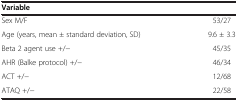
| Variable |  |
 | --- | --- |
 | Sex M/F | 53/27 |
 | Age (years, mean ± standard deviation, SD) | 9.6 ± 3.3 |
 | Beta 2 agent use +/− | 45/35 |
 | AHR (Balke protocol) +/− | 46/34 |
 | ACT +/− | 12/68 |
 | ATAQ +/− | 22/58 |